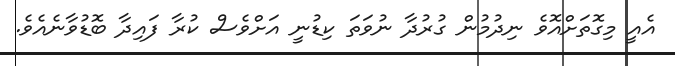
އެއީ މިގޮތަށްއޮވެ ނިދުމުން ގުރުދާ ނުވަތަ ކިޑުނީ އަށްވެސް ކުރާ ފައިދާ ބޮޑުވާނެއެވެ.